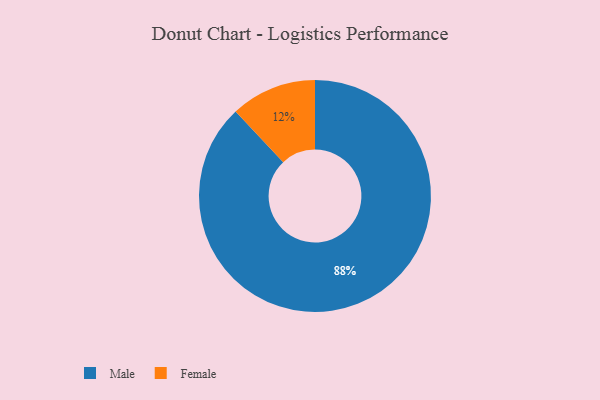
{"axis": {"x": "Category", "y": "Percentage"}, "legend": ["Female", "Male"], "data": [{"x": "Female", "y": 12, "type": "Female"}, {"x": "Male", "y": 88, "type": "Male"}]}